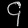
Digit: ၄